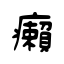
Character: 癩